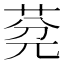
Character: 𦯲